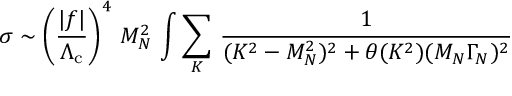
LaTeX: \sigma \sim \left( \frac { | f | } { \Lambda _ { \mathrm { c } } } \right) ^ { 4 } \, M _ { N } ^ { 2 } \, \int \sum _ { K } \, \frac { 1 } { ( K ^ { 2 } - M _ { N } ^ { 2 } ) ^ { 2 } + \theta ( K ^ { 2 } ) ( M _ { N } \Gamma _ { N } ) ^ { 2 } }